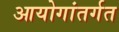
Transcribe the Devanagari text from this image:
आयोगांतर्गत